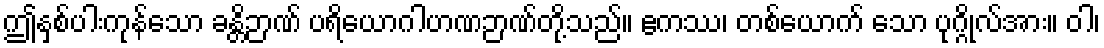
ဤနှစ်ပါးကုန်သော ခန္တိဉာဏ် ပရိယောဂါဟဏဉာဏ်တို့သည်။ ဧကဿ၊ တစ်ယောက် သော ပုဂ္ဂိုလ်အား။ ဝါ၊